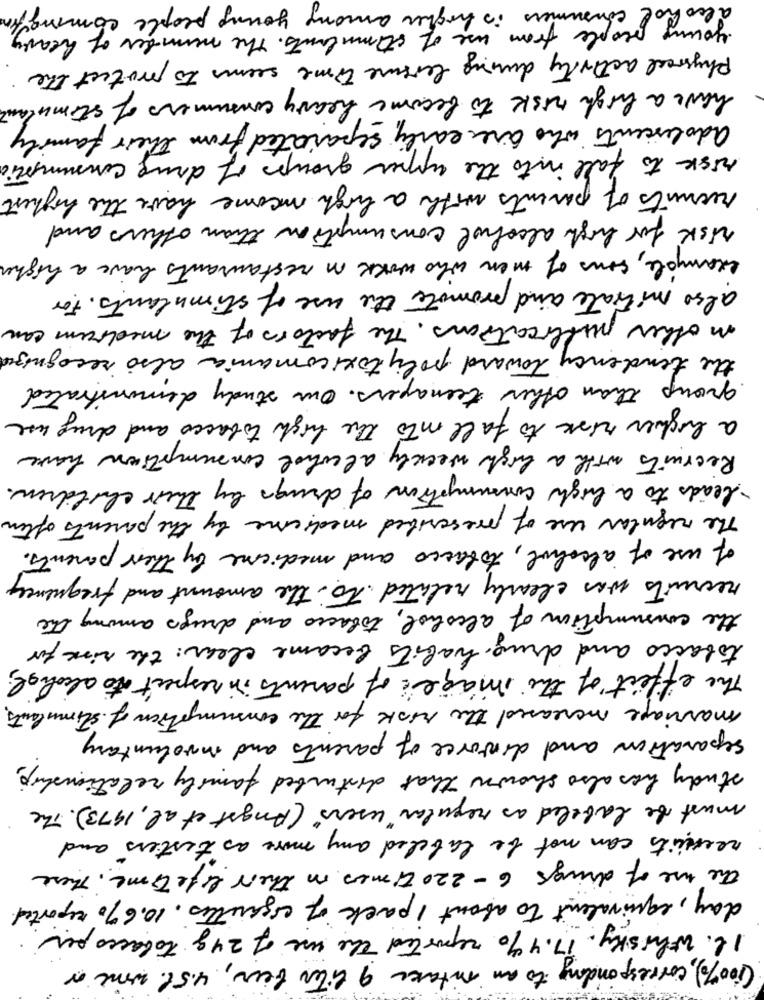
alcohol consumers is higher among young people coming
young people from use of stimulants. The number of heavy,
Physical activity during leisure time seems to protect the
have a high risk to become heavy consumers of stimulant
adolescents who are early separated from their family
risk to fall into the upper groups of drug consumplic
recruits of parents with a high income have the highest
risk for high alcohol consumption than others and
example , sons of men who work in restaurants have a higher
also mitrate and promote the use of stimulants. For
in other publications . The factors of the medium can
the tendency toward polytoxicomania also recognized
group than other teenagers. Our study demonstrated
a higher risk to fall into the high tobacco and drug use
Recruits with a high weekly alcohol consumption have
leads to a high consumption of drugs by their children.
The regular use of prescribed medicine by the parents often
of use of alcohol , tobacco and medicine by their parents .
recruits was clearly related To the amount and frequency
the consumption of alcohol, tobacco and drugs among the
tobacco and drug habits became clear: the risk for
The effect of the image of parents in respect to alcohol;
marriage increased the risk for the consumption of stimulants.
separation and divorce of parents and involuntary
study has also shown that disturbed family relationship ,
must be labeled as regular " users" ( Angst et al , 1973 ) . The
recruits can not be labeled any more as testers and
The use of drings 6 -220 times in their life time. These
day, equivalent to about 1 pack of cigarettes. 10.6% reported.
Il. Whisky. 17.4 % reported the use of 24g tobacco per.
(100%), corresponding to an intake 9 liter beer, 4.5% wine or